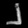
Digit: ၂